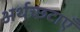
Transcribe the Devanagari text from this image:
अर्थच्छटाएँ